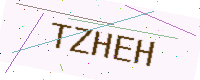
Text: TZHEH